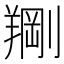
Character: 𫅙